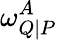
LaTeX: \omega_{Q|P}^{A}